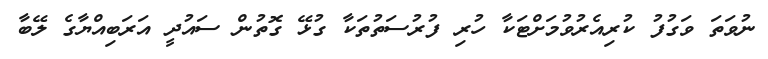
ނުވަތަ ވަގުފު ކުރިއެރުވުމަށްޓަކާ ހުރި ފުރުސަތުތަކާ ގުޅޭ ގޮތުން ސައުދީ އަރަބިއްޔާގެ ލޭބާ